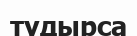
тудырса